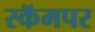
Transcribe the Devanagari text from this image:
स्कॅमपर